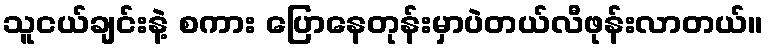
သူငယ်ချင်းနဲ့ စကား ပြောနေတုန်းမှာပဲတယ်လီဖုန်းလာတယ်။